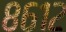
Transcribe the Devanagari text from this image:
८६१२